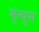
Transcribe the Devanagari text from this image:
मृत्यूस